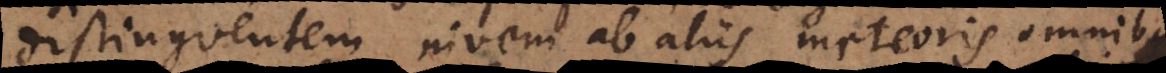
distinguentem nivem ab aliis meteoris omnibus